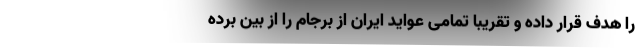
را هدف قرار داده و تقریباً تمامی عواید ایران از برجام را از بین برده